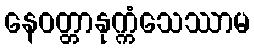
နေဝတ္တာနုက္ကံသေဿာမ